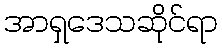
အာရှဒေသဆိုင်ရာ